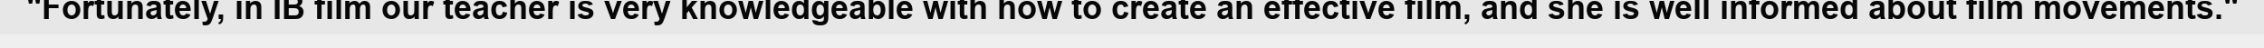
"Fortunately, in IB film our teacher is very knowledgeable with how to create an effective film, and she is well informed about film movements."